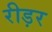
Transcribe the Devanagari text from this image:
रीड़र